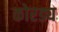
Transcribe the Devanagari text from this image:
कोरड्य